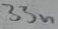
Text: 33n